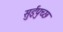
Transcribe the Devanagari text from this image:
सुईपुच्छ